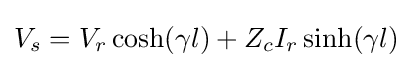
V_{s}=V_{r}\cosh(\gamma l)+Z_{c}I_{r}\sinh(\gamma l)